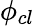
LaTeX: \phi_{cl}